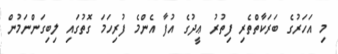
މި އަހަރުގެ ބަރަކާތްތެރި ފިތުރު ޢީދުގެ އުފާ އެންމެ ފުރިހަމަ ގޮތުގައި ލިބިގަންނަމުން